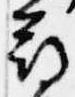
尋